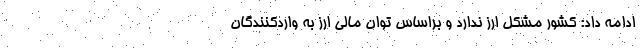
ادامه داد: کشور مشکل ارز ندارد و براساس توان مالی ارز به واردکنندگان